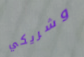
وشريكي